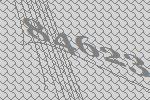
84623